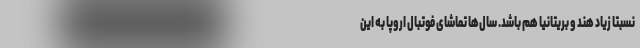
نسبتا زیاد هند و بریتانیا هم باشد. سال‌ها تماشای فوتبال اروپا به این